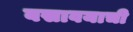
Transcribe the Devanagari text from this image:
बसावयाची